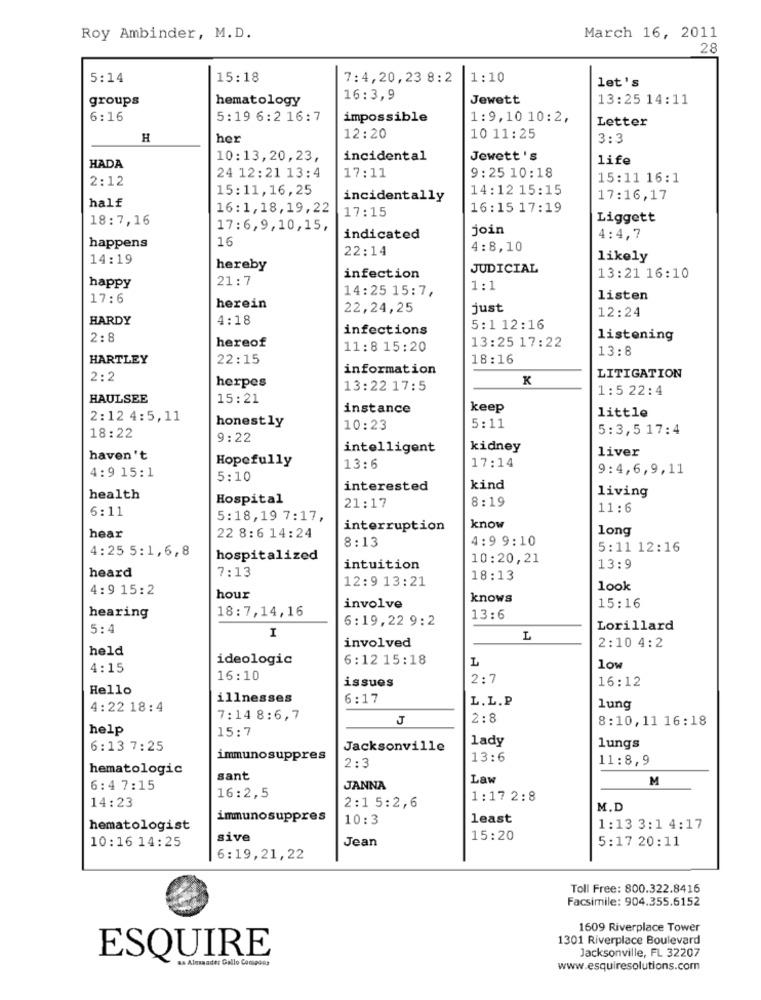
Roy Ambinder, M.D.
March 16, 2011
28
5:14
15:18
7:4,20,23 8:2
1:10
let's
groups
hematology
16:3,9
Jewett
13:25 14:11
6:16
5:19 6:2 16:7
impossible
1:9,10 10:2,
Letter
H
her
12:20
10 11:25
3:3
10:13,20,23,
incidental
Jewett 's
life
HADA
17:11
9:25 10:18
2:12
24 12:21 13:4
15:11 16:1
15:11,16,25
14:12 15:15
half
incidentally
17:16,17
16:1,18,19,22
17:15
16:15 17:19
18:7,16
Liggett
17:6,9,10,15,
join
16
indicated
4:4,7
happens
22:14
4:8,10
14:19
likely
hereby
JUDICIAL
21:7
infection
13:21 16:10
happy
14:25 15:7,
1:1
17:6
listen
herein
22,24,25
just
HARDY
4:18
12:24
infections
5:1 12:16
2:8
hereof
13:25 17:22
listening
11:8 15:20
13:8
HARTLEY
22:15
18:16
information
2:2
herpes
K
LITIGATION
13:22 17:5
1 :5 22:4
HAULSEE
15:21
instance
keep
little
2:12 4:5,11
honestly
10:23
5:11
5:3,5 17:4
18:22
9:22
intelligent
kidney
liver
haven't
Hopefully
4:9 15:1
13:6
17:14
9:4,6,9,11
5:10
interested
kind
health
Hospital
8:19
living
6:11
21:17
11:6
5:18,19 7:17,
hear
interruption
know
long
22 8:6 14:24
8:13
4:9 9:10
4:25 5:1,6,8
5:11 12:16
hospitalized
10:20,21
heard
7:13
intuition
13:9
12:9 13:21
18:13
4:9 15:2
look
hour
knows
15:16
18:7,14,16
involve
hearing
6:19,22 9:2
13:6
5:4
I
Lorillard
involved
held
2:10 4:2
ideologic
6:12 15:18
L
4:15
low
16:10
issues
2:7
16:12
Hello
illnesses
6:17
L.L.P
4:22 18:4
lung
7:14 8:6,7
J
2:8
8:10,11 16:18
help
15:7
lady
6:13 7:25
Jacksonville
lungs
immunosuppres
2:3
13:6
11:8,9
hematologic
sant
Law
M
6:4 7:15
16:2,5
JANNA
14:23
1:17 2:8
2:1 5:2,6
M.D
immunosuppres
10:3
least
hematologist
1:13 3:1 4:17
sive
Jean
15:20
5:17 20:11
10:16 14:25
6:19, 21, 22
Toll Free: 800.322.8416
Facsimile: 904.355.6152
1609 Riverplace Tower
1301 Riverplace Boulevard
Jacksonville, FL 32207
ESQUIRE
as Alssaadet Gallo Comgoes
www.esquiresolutions.com